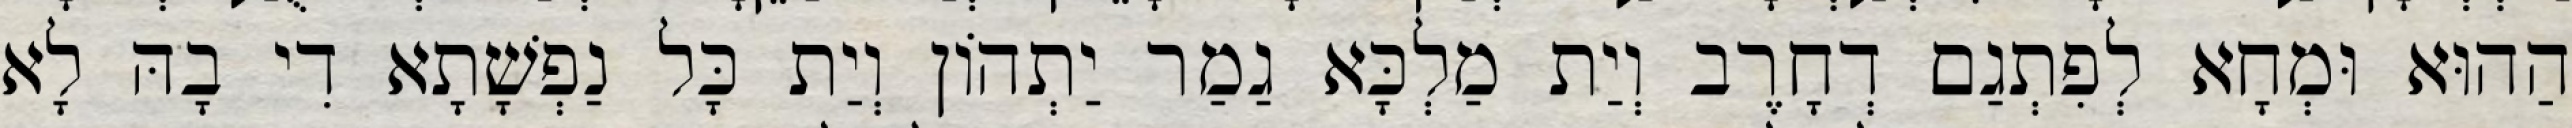
הַהוּא וּמְחָא לְפִתְגַם דְחָרֶב וְיַת מַלְכָּא גַמַר יַתְהוֹן וְיַת כָּל נַפְשָׁתָא דִי בָהּ לָא